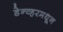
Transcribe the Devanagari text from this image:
डेन्व्हरमधून